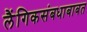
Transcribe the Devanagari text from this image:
लैंगिकसंबधाबाबत